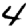
Digit: 4